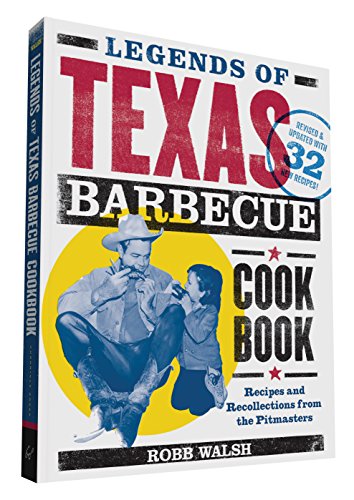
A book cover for Legends of Texas Barbecue Cookbook: Recipes and Recollections from the Pitmasters; Robb Walsh; Cookbooks, Food & Wine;